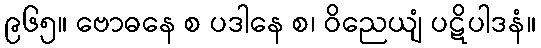
၉၆၅။ ဗောဓနေ စ ပဒါနေ စ၊ ဝိညေယျံ ပဋိပါဒနံ။